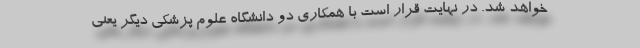
خواهد شد. در نهایت قرار است با همکاری دو دانشگاه علوم پزشکی دیگر یعنی